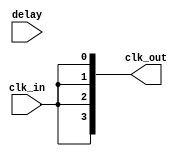
module ClockTreeBuffer #(
    parameter NUM_OUTPUTS = 4,         // Number of output clock signals
    parameter DELAY_WIDTH = 4,          // Delay width for programmable delay
    parameter BUFFER_STRENGTH = 1        // Strength of output buffer (1=Weak, 2=Strong)
)(
    input wire clk_in,                   // Input clock signal
    input wire [DELAY_WIDTH-1:0] delay, // Programmable delay input
    output reg [NUM_OUTPUTS-1:0] clk_out // Output clock signals
);

    // Intermediate signals for multi-stage buffering
    wire[NUM_OUTPUTS-1:0] buf_stage1;
    wire[NUM_OUTPUTS-1:0] buf_stage2;

    // First stage buffers (Inverters or Buffers)
    generate
        genvar i;
        for (i = 0; i < NUM_OUTPUTS; i = i + 1) begin: buffer_stage1
            if (BUFFER_STRENGTH == 1) begin
                // Weak buffer implementation
                assign buf_stage1[i] = (i == 0) ? clk_in : buf_stage1[i-1];
            end else begin
                // Strong buffer implementation
                assign buf_stage1[i] = (i == 0) ? clk_in : buf_stage1[i-1];
            end
        end
    endgenerate

    // Second stage buffers with programmable delay
    generate
        for (i = 0; i < NUM_OUTPUTS; i = i + 1) begin: buffer_stage2
            always @(buf_stage1[i] or delay) begin
                // Adding programmable delay
                clk_out[i] <= #delay buf_stage1[i];
            end
        end
    endgenerate

    // Clock skew minimization technique (pseudo-code)
    // This section should ideally include the routing algorithm for balancing the tree structure.
    // Implementation will depend on actual layout and routing constraints.

endmodule